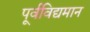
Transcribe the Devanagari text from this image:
पूर्वविद्यमान